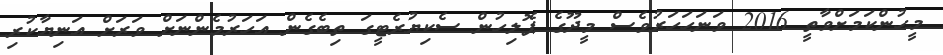
މީހުންކަމަށްވާތީ 2016 ވަނަހަހަރުވެސް މީދޫގެ ޕޮލިހުން ސެކިޔުރެޓީގަ ތިބެގެން އަހަރުމެންނަށް ވަރަށް އަނިޔާކުރި